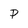
Character: P